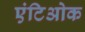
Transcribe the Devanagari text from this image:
एंटिओक